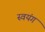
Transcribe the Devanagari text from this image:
स्वयंग